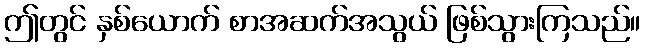
ဤတွင် နှစ်ယောက် စာအဆက်အသွယ် ဖြစ်သွားကြသည်။